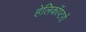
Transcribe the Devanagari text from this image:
हेलिकाॅप्टरों